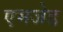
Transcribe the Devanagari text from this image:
एमजेड